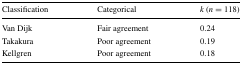
<table><thead><tr><td><b>Classification</b></td><td><b>Categorical</b></td><td><b><i>k</i> (<i>n</i> = 118)</b></td></tr></thead><tbody><tr><td>Van Dijk</td><td>Fair agreement</td><td>0.24</td></tr><tr><td>Takakura</td><td>Poor agreement</td><td>0.19</td></tr><tr><td>Kellgren</td><td>Poor agreement</td><td>0.18</td></tr></tbody></table>